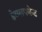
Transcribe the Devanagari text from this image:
डेव्प्लपमेन्ट